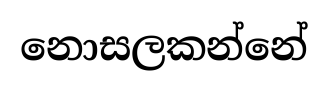
නොසලකන්නේ